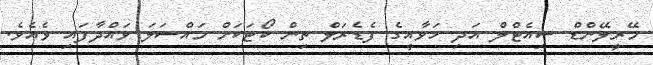
މޭރީލޭންޑް ސިއެޓްލް އަދި ހަވާއީގެ ފެޑެރަލް ތިން ކޯޓަކަށް މައްސަލަ ވައްދާފައި ވެއެވެ.